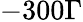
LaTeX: -300\Gamma